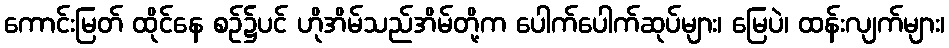
ကောင်းမြတ် ထိုင်နေ စဉ်၌ပင် ဟိုအိမ်သည်အိမ်တို့က ပေါက်ပေါက်ဆုပ်များ၊ မြေပဲ၊ ထန်းလျက်များ၊